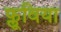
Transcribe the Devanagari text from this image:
फ्लूविया